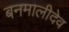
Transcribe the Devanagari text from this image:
बनमालीदेव